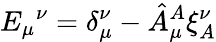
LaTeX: {E_{\mu}}^{\nu}=\delta_{\mu}^{\nu}-\hat{A}_{\mu}^{A}\xi_{A}^{\nu}